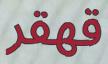
قھقر